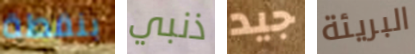
بنقطة ذنبي جيد البريئة